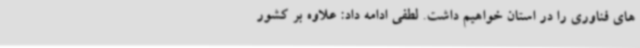
های فناوری را در استان خواهیم داشت. لطفی ادامه داد: علاوه بر کشور